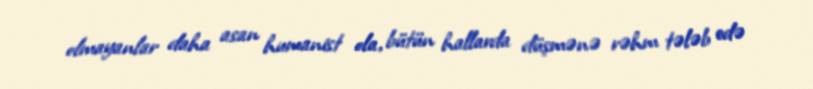
olmayanlar daha asan humanist ola, bütün hallarda düşmənə rəhm tələb edə